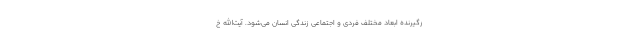
رگیرنده ابعاد مختلف فردی و اجتماعی زندگی انسان می‌شود. آیت‌الله خ